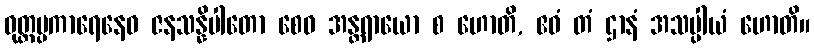
ဝုတ္တပ္ပကာရေနေဝ ဇနသန္နိပါတော စေဝ အန္တရာယော စ ဟောတိ, ဧဝံ တံ ဌာနံ အသပ္ပါယံ ဟောတိ။